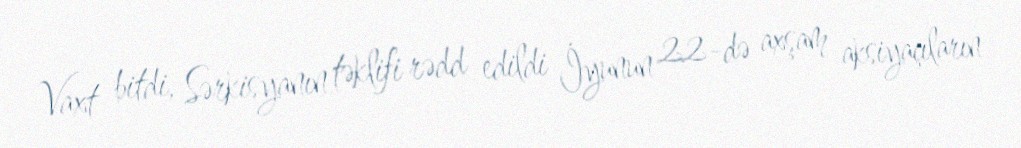
Vaxt bitdi, Sərkisyanın təklifi rədd edildi İyunun 22-də axşam aksiyaçıların